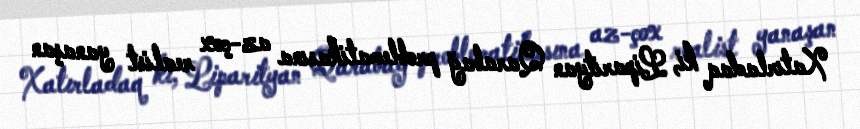
Xatırladaq ki, Liparityan Qarabağ problematikasına az-çox realist yanaşan